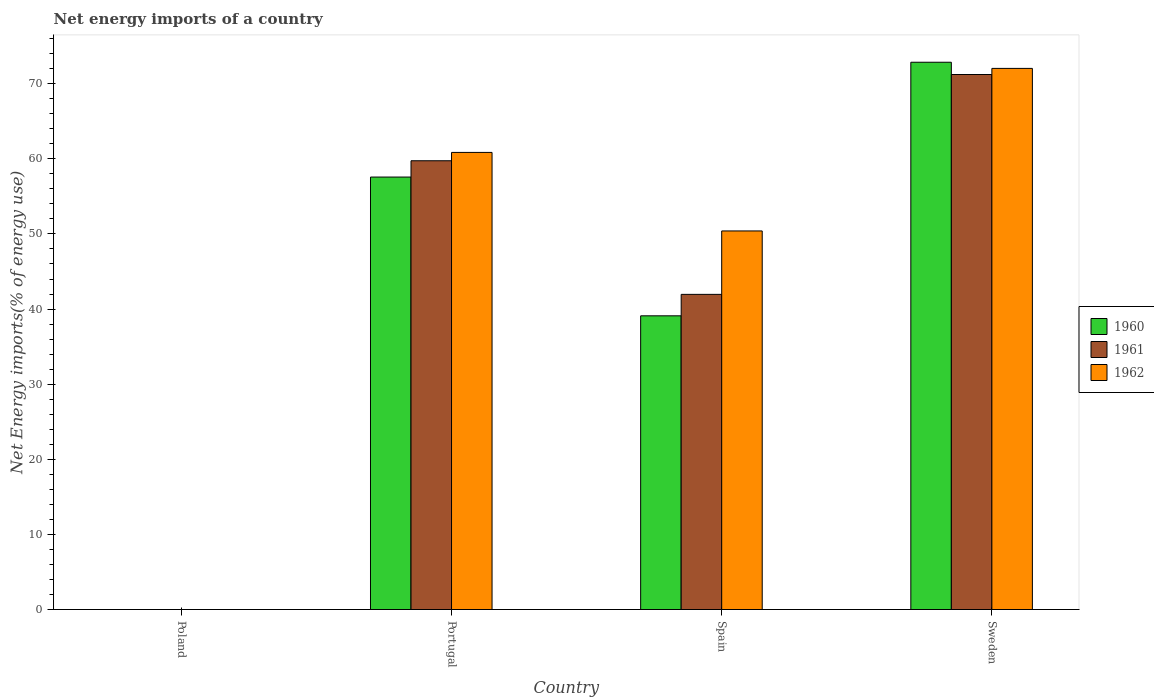
| Country | 1960 | 1961 | 1962 |
 | --- | --- | --- | --- |
 | Poland | -19.6 | -17.7 | -14.7 |
 | Portugal | 57.6 | 59.7 | 60.9 |
 | Spain | 39.1 | 42 | 50.4 |
 | Sweden | 72.9 | 71.2 | 72 |